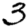
Digit: 3